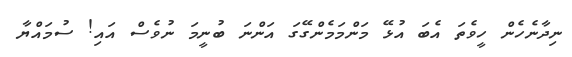
ނިދާނެހެން ހީވެތަ އެބަ އުޅޭ މަންމަމެންގޭގަ އަންނަ ބުނީމަ ނުވެސް އައި! ސުމައްޔާ